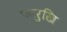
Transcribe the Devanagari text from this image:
फारुखि